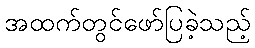
အထက်တွင်ဖော်ပြခဲ့သည့်